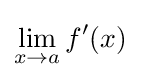
\lim _{x\to a}f'(x)